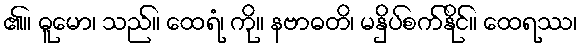
၏။ ဓူမော၊ သည်။ ထေရံ၊ ကို။ နဗာဓတိ၊ မနှိပ်စက်နိုင်။ ထေရဿ၊